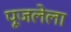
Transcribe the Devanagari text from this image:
पूजलेला